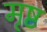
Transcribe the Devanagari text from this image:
मृष्ट